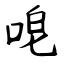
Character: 唣